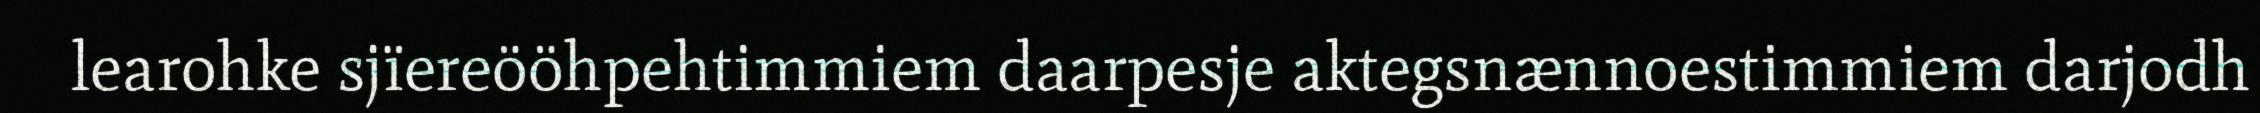
learohke sjïereööhpehtimmiem daarpesje aktegsnænnoestimmiem darjodh